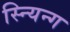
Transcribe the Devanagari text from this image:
स्न्यिन्ग